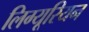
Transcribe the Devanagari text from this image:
लिग्यूरियन